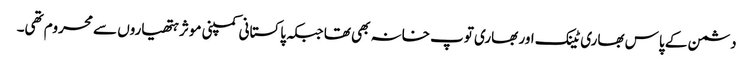
دشمن کے پاس بھاری ٹینک اور بھاری توپ خانہ بھی تھا جبکہ پاکستانی کمپنی موثر ہتھیاروں سے محروم تھی۔